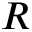
R